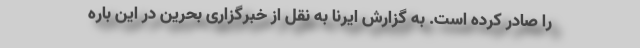
را صادر کرده است. به گزارش ایرنا به نقل از خبرگزاری بحرین در این باره